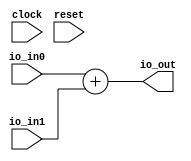
module FixedPointAdder( // @[:@3.2]
  input         clock, // @[:@4.4]
  input         reset, // @[:@5.4]
  input  [15:0] io_in0, // @[:@6.4]
  input  [15:0] io_in1, // @[:@6.4]
  output [15:0] io_out // @[:@6.4]
);
  assign io_out = $signed(io_in0) + $signed(io_in1); // @[Adder.scala 127:20:@13.4]
endmodule